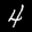
Label: 4